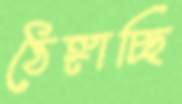
ঠেঙ্গাচ্ছি